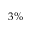
3 \%